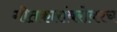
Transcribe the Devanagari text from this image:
गीतकारांबरोबरच